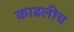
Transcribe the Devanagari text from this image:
काढलीच